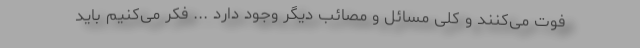
فوت می‌کنند و کلی مسائل و مصائب دیگر وجود دارد ... فکر می‌کنیم باید